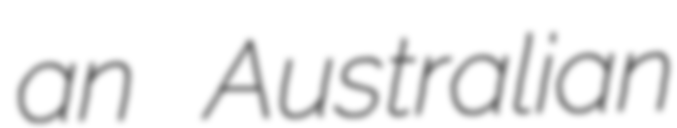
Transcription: an Australian